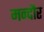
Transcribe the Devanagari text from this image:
मन्दौर